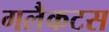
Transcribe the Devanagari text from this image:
गलैकटस